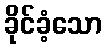
ခိုင်ခံ့သော